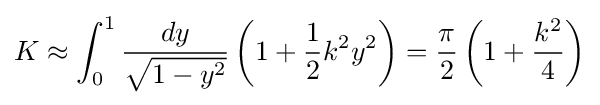
K\approx \int _{0}^{1}{\frac {dy}{\sqrt {1-y^{2}}}}\left(1+{\frac {1}{2}}k^{2}y^{2}\right)={\frac {\pi }{2}}\left(1+{\frac {k^{2}}{4}}\right)